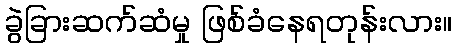
ခွဲခြားဆက်ဆံမှု ဖြစ်ခံနေရတုန်းလား။